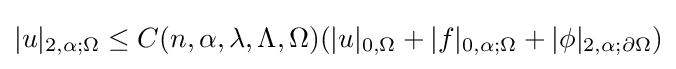
|u|_{2,\alpha ;\Omega }\leq C(n,\alpha ,\lambda ,\Lambda ,\Omega )(|u|_{0,\Omega }+|f|_{0,\alpha ;\Omega }+|\phi |_{2,\alpha ;\partial \Omega })